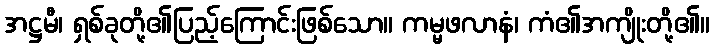
အဋ္ဌမီ၊ ရှစ်ခုတို့၏ပြည့်ကြောင်းဖြစ်သော။ ကမ္မဖလာနံ၊ ကံ၏အကျိုးတို့၏။